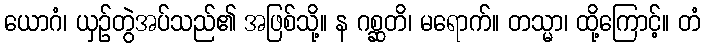
ယောဂံ၊ ယှဉ်တွဲအပ်သည်၏ အဖြစ်သို့။ န ဂစ္ဆတိ၊ မရောက်။ တသ္မာ၊ ထို့ကြောင့်။ တံ